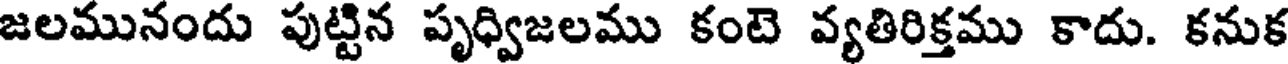
జలమునందు పుట్టిన పృధ్విజలము కంటె వ్యతిరిక్తము కాదు. కనుక